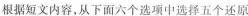
根据短文内容,从下面六个选项中选择五个还原